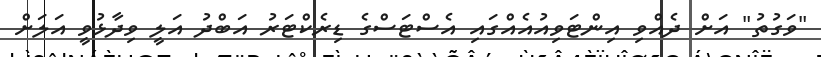
"ވަގުތު" އަށް ދެއްވި އިންޓަވިއުއެއްގައި އެސްޓަސްގެ ޑިރެކްޓަރު އަބްދު އަލީ ވިދާޅުވީ އަލަށް